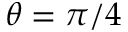
\theta = \pi / 4